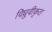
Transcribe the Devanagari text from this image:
विध्रुवीकृत